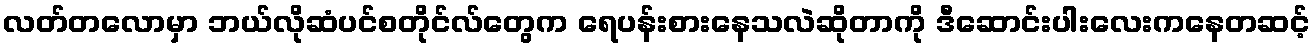
လတ်တလောမှာ ဘယ်လိုဆံပင်စတိုင်လ်တွေက ရေပန်းစားနေသလဲဆိုတာကို ဒီဆောင်းပါးလေးကနေတဆင့်